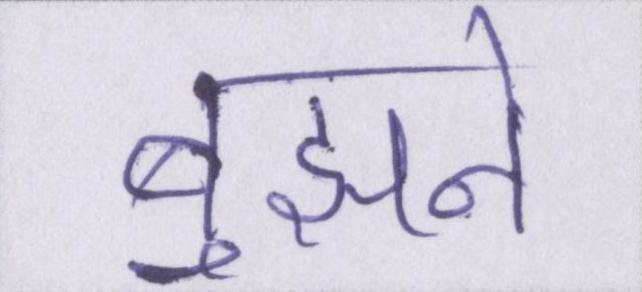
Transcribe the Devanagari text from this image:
बुझने